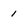
Character: 1